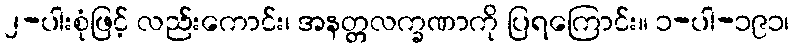
၂-ပါးစုံဖြင့် လည်းကောင်း၊ အနတ္တလက္ခဏာကို ပြရကြောင်း။ ၁-ပါ-၁၉၁၊